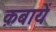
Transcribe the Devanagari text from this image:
क़बायें